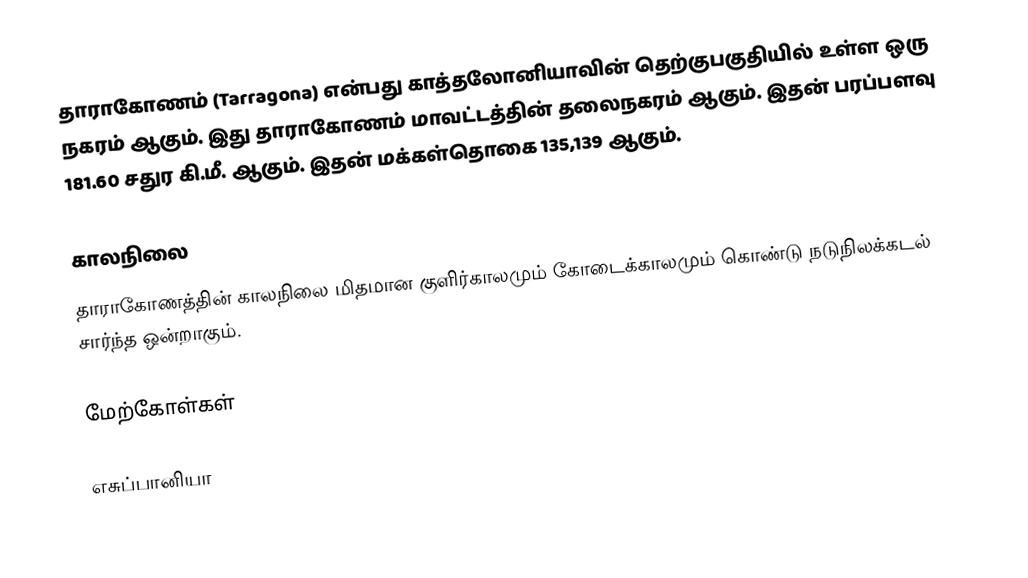
தாராகோணம் (Tarragona) என்பது காத்தலோனியாவின் தெற்குபகுதியில் உள்ள ஒரு நகரம் ஆகும். இது தாராகோணம் மாவட்டத்தின் தலைநகரம் ஆகும். இதன் பரப்பளவு 181.60 சதுர கி.மீ. ஆகும். இதன் மக்கள்தொகை 135,139 ஆகும்.

காலநிலை
தாராகோணத்தின் காலநிலை மிதமான குளிர்காலமும் கோடைக்காலமும் கொண்டு நடுநிலக்கடல் சார்ந்த ஒன்றாகும்.

மேற்கோள்கள்

எசுப்பானியா